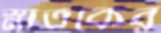
স্নাতকের